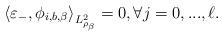
LaTeX: \begin{align*} \left\langle \varepsilon_-, \phi_{i, b, \beta} \right\rangle_{L^2_{\rho_\beta}} =0, \forall j =0,...,\ell.\end{align*}